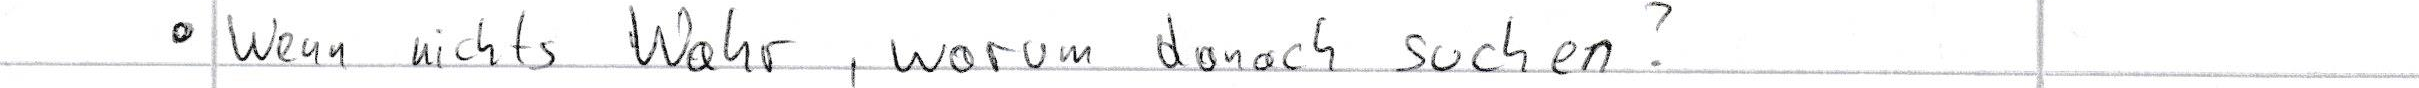
- Wenn nichts Wahr, warum danach suchen?